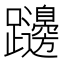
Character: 𨇱